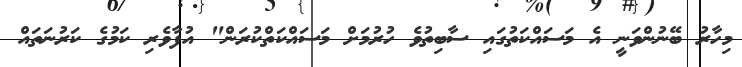
މިހާރު ބޭނުންވަނީ އެ މަސައްކަތުގައި ސާބިތުވެ ހުރުމަށް މަސައްކަތްކުރަން" އުފާވެރި ކަމުގެ ކަރުނަތައް